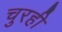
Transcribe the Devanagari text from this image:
चुरही